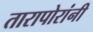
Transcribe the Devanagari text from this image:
तारापोरांनी